Document type: Endowment
Year: 1330
Scribe: Arnau [Delpàs]
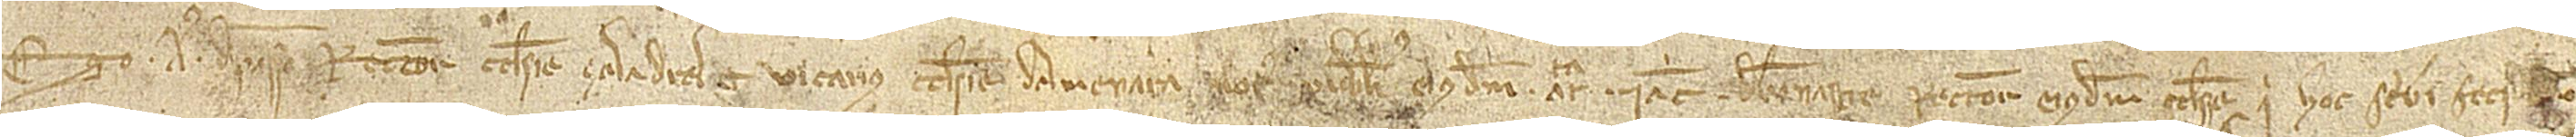
Ego Aus de [Passo], rector ecclesie Çaladral et vicarius ecclesie d’Almenara, notarius publicus eiusdem auctoritate Iacobi de Bonastre, rectoris eiusdem ecclesie, qui hoc scribi feci [cum]